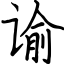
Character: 谕